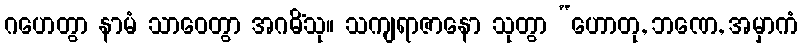
ဂဟေတွာ နာမံ သာဝေတွာ အဂမိံသု။ သကျရာဇာနော သုတွာ “ဟောတု, ဘဏေ, အမှာကံ